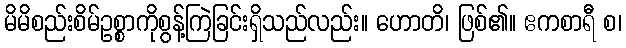
မိမိစည်းစိမ်ဥစ္စာကိုစွန့်ကြဲခြင်းရှိသည်လည်း။ ဟောတိ၊ ဖြစ်၏။ ဧကစာရီ စ၊